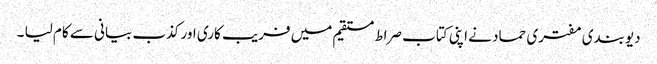
دیوبندی مفتری حماد نے اپنی کتاب صراط مستقیم میں فریب کاری اور کذب بیانی سے کام لیا ۔